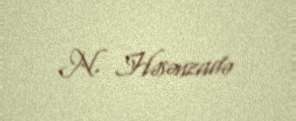
N. Həsənzadə